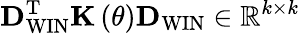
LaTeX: {\mathbf D}_{\mathrm{WIN}}^{\mathrm{T}}{\mathbf K}\left(\theta\right){\mathbf D}_{\mathrm{WIN}}\in{{\mathbb{R}}^{k\times k}}